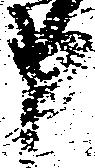
申